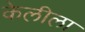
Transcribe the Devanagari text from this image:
केलीला